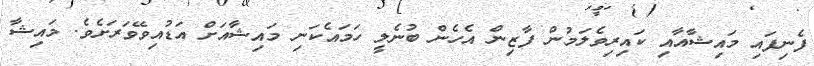
ފެނިފައި މައިޝާއާއި ކައިރިވެލަމުން ފާޒިން އެހެން ބުނެލީ ހަމައެކަނި މައިޝާއަށް އަޑުއިވޭވަރަށެވެ. މައިޝާ